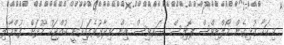
މިކަމާ ގުޅިގެން މޯލްޑިވްސް ޕޮލިސް ސަރވިސް އިން ވިދާޅުވެފައިވަނީ ކުއްޖަކު މޫދަށް ފުންމާލި